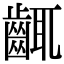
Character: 𪘛